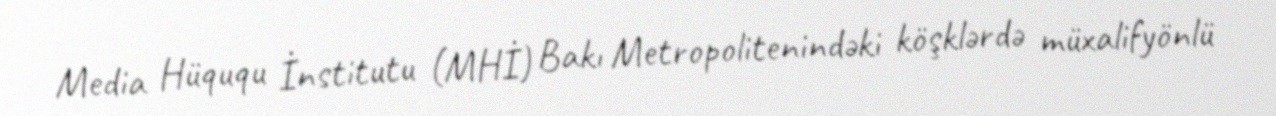
Media Hüququ İnstitutu (MHİ) Bakı Metropolitenindəki köşklərdə müxalifyönlü